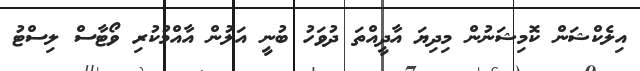
އިލެކްޝަން ކޮމިޝަނުން މިދިޔަ އާދީއްތަ ދުވަހު ބުނީ އަލުން އާއްމުކުރި ވޯޓާސް ލިސްޓު